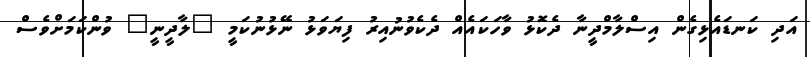
އަދި ކަނޑައެޅިގެން އިސްލާމްދީނާ ދެކޮޅު ވާހަކައެއް ދެކެވުނުއިރު ފިޔަވަޅު ނޭޅުނުކަމީ "ލާދީނީ" ވުންކަމަށްވެސް